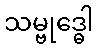
သမ္ဗုဒ္ဓေါ